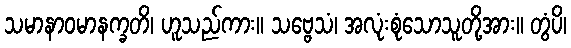
သမာနာဝမာနက္ခတိ၊ ဟူသည်ကား။ သဗ္ဗေသံ၊ အလုံးစုံသောသူတို့အား။ တွံပိ၊